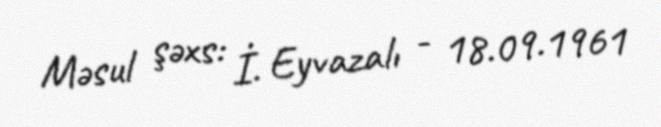
Məsul şəxs: İ. Eyvazalı - 18.09.1961